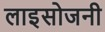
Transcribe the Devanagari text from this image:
लाइसोजनी